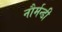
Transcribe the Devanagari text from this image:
नौर्मन्डी